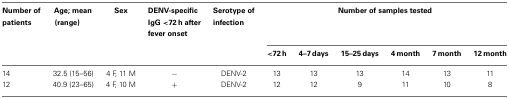
<table><thead><tr><td><b>Number of patients</b></td><td><b>Age; mean (range)</b></td><td><b>Sex</b></td><td><b>DENV-specific IgG &lt;72 h after fever onset</b></td><td><b>Serotype of infection</b></td><td colspan="6"><b>Number of samples tested</b></td></tr><tr><td></td><td></td><td></td><td></td><td></td><td><b>&lt;72 h</b></td><td><b>4–7 days</b></td><td><b>15–25 days</b></td><td><b>4 month</b></td><td><b>7 month</b></td><td><b>12 month</b></td></tr></thead><tbody><tr><td>14</td><td>32.5 (15–56)</td><td>4 F, 11 M</td><td>−</td><td>DENV-2</td><td>13</td><td>13</td><td>13</td><td>14</td><td>13</td><td>11</td></tr><tr><td>12</td><td>40.9 (23–65)</td><td>4 F, 10 M</td><td>+</td><td>DENV-2</td><td>12</td><td>12</td><td>9</td><td>11</td><td>10</td><td>8</td></tr></tbody></table>